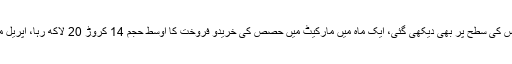
گذشتہ ماہ سٹاک مارکیٹ 3 سال کی کم ترین سطح 36 ہزار 404 پوائنٹس کی سطح پر بھی دیکھی گئی، ایک ماہ میں مارکیٹ میں حصص کی خریدو فروخت کا اوسط حجم 14 کروڑ 20 لاکھ رہا، اپریل میں بیرونی سرمایہ کاروں نے 12 لاکھ ڈالر مالیت کے حصص خریدے۔